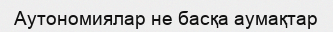
Аутономиялар не басқа аумақтар